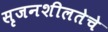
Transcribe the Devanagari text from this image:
सृजनशीलतेचे